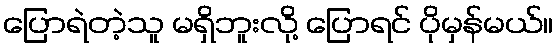
ပြောရဲတဲ့သူ မရှိဘူးလို့ ပြောရင် ပိုမှန်မယ်။